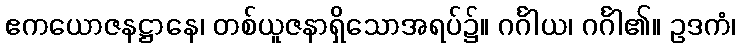
ဧကယောဇနဋ္ဌာနေ၊ တစ်ယူဇနာရှိသောအရပ်၌။ ဂင်္ဂါယ၊ ဂင်္ဂါ၏။ ဥဒကံ၊